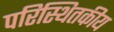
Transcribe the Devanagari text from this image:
परिस्थितकीय